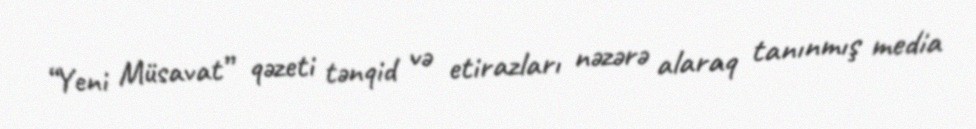
“Yeni Müsavat” qəzeti tənqid və etirazları nəzərə alaraq tanınmış media